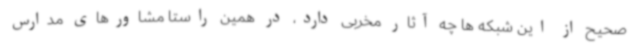
صحیح از این شبکه ها چه آثار مخربی دارد، در همین راستا مشاورهای مدارس